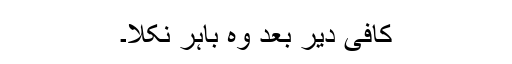
کافی دیر بعد وہ باہر نکلا۔